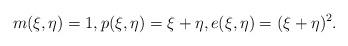
LaTeX: \begin{align*}m(\xi,\eta) = 1, p(\xi,\eta) = \xi+\eta, e(\xi,\eta) = (\xi+\eta)^2.\end{align*}